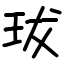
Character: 𤤒